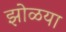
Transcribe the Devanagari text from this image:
झोळया